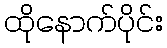
ထိုနောက်ပိုင်း